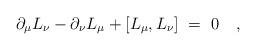
LaTeX: \begin{align*}\partial_\mu L_\nu - \partial_\nu L_\mu + [L_\mu,L_\nu]~=~0~~~, \end{align*}